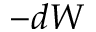
- d W